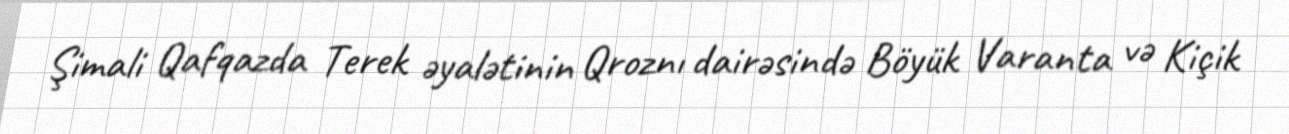
Şimali Qafqazda Terek əyalətinin Qroznı dairəsində Böyük Varanta və Kiçik